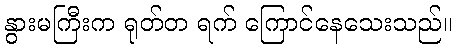
နွားမကြီးက ရုတ်တ ရက် ကြောင်နေသေးသည်။